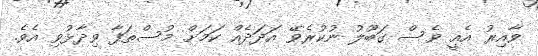
ވާއިރު އެއީ ވެސް ގަބޫލު ނުކުރެވޭ އަދަދެއް ކަމަށް މުސްތަފާ ވިދާޅުވި އެވެ.